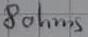
Text: 8 ohms